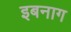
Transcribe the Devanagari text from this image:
इबनाग